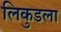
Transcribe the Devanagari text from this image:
लिकुडला